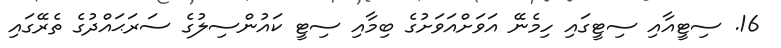
16. ސިޓީއާއި ސިޓީގައި ހިމެނޭ އަވަށްއަވަށުގެ ބިމާއި ސިޓީ ކައުންސިލުގެ ސަރަޙައްދުގެ ތެރޭގައި